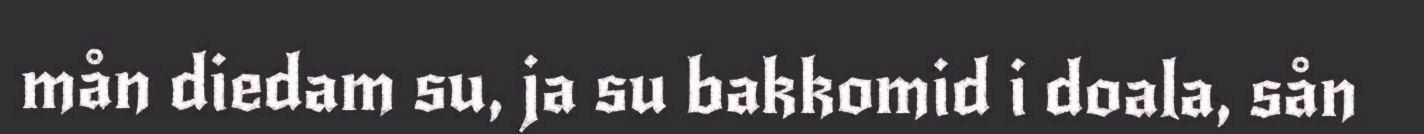
mån diedam su, ja su bakkomid i doala, sån